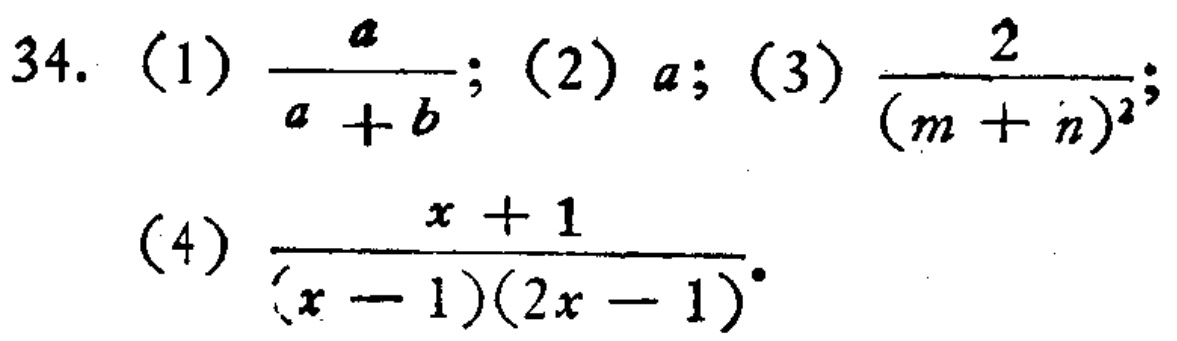
34. (1) $\frac{a}{a + b}$; (2) $a$; (3) $\frac{2}{(m + n)^2}$; (4) $\frac{x + 1}{(x - 1)(2x - 1)}$